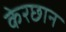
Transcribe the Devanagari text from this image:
केरछान